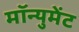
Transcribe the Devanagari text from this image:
मॉन्युमेंट